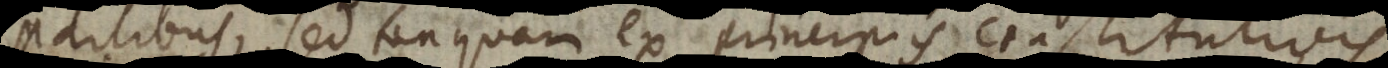
partibus, sed tanquam ex principiis constitutivi